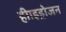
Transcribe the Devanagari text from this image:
हीाइड्रोजन